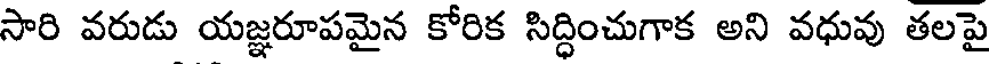
సారి వరుడు యజ్ఞరూపమైన కోరిక సిద్ధించుగాక అని వధువు తలపై